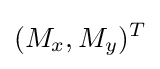
(M_{x},M_{y})^{T}